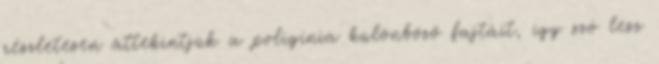
részletesen áttekintjük a poligínia különböző fajtáit, így szó lesz